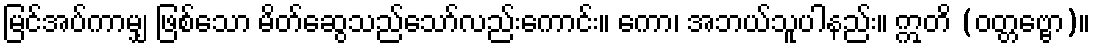
မြင်အပ်ကာမျှ ဖြစ်သော မိတ်ဆွေသည်သော်လည်းကောင်း။ ကော၊ အဘယ်သူပါနည်း။ ဣတိ (ဝတ္တဗ္ဗော)။